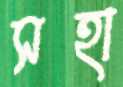
সহা